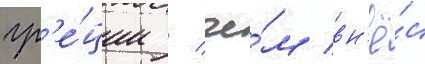
гр'е́ции / че́м вн'ё́с